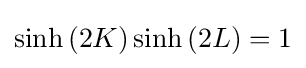
\sinh \left(2K\right)\sinh \left(2L\right)=1